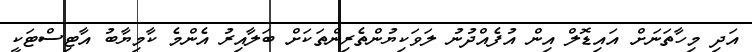
އަދި މިހާތަނަށް އައިޑޮލް އިން އުފެއްދުނު ލަވަކިޔުންތެރިންތަކަށް ބަލާއިރު އެންމެ ކާމިޔާބު އާޓިސްޓަކީ